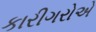
કારીગરોએ